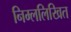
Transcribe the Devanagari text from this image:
निम्ललिखित